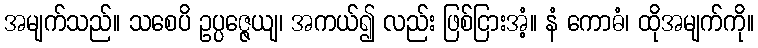
အမျက်သည်။ သစေပိ ဥပ္ပဇ္ဇေယျ၊ အကယ်၍ လည်း ဖြစ်ငြားအံ့။ နံ ကောဓံ၊ ထိုအမျက်ကို။